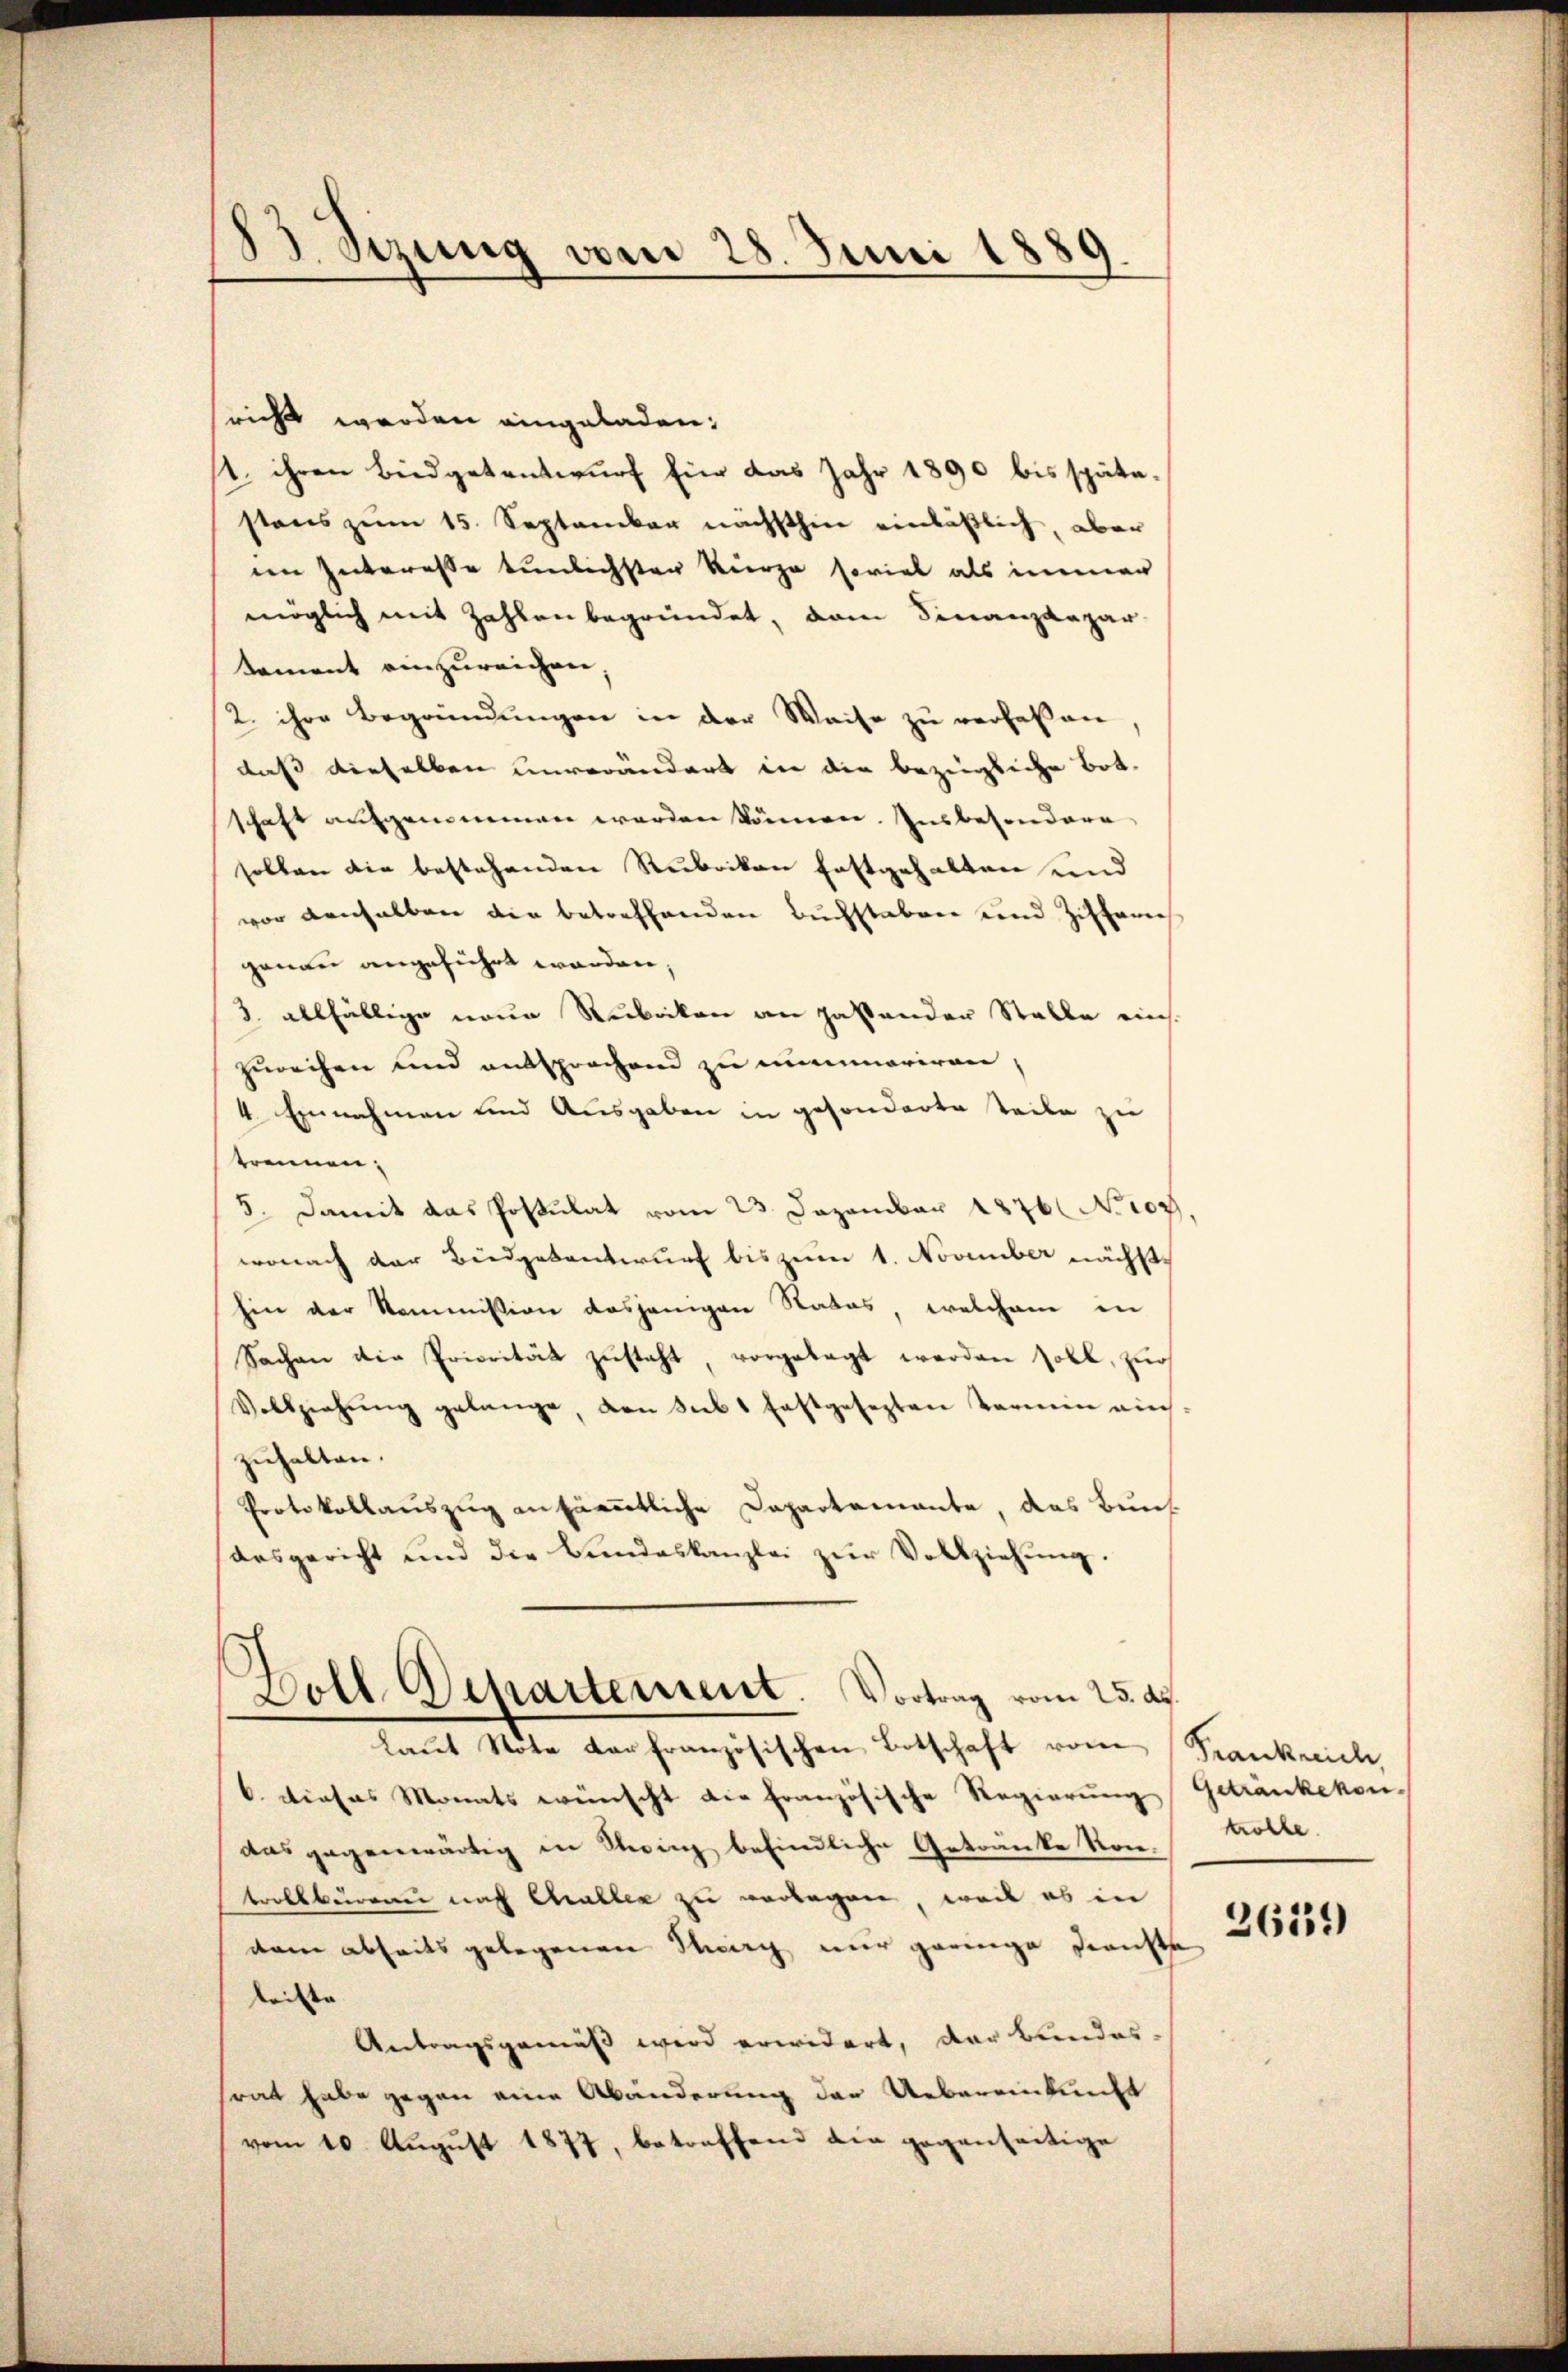
B. Sizung vom 28. Juni 1889

richt werden eingeladen.
1. ihren Büdgetentwurf für das Jahr 1890 bis spätestens zum 15. September nächsthin einläßlich, aber
een Interesse tunlichsten Kurze soviel als immer
möglich mit Zahlen begründet, dem Finanzkapar-
tement einzureichen,
2. ihre Begründungen in der Weise zu verfassen,
daß dieselben unverändert in die bezügliche Botschaft aufgenommen werden können. Insbesondere
sollen die bestehenden Rubrikon festgehalten und
vor denselben die betreffenden Buchstaben und Zifferis
genau angeführt worden,
3. allfällige neue Stubikon an hastander Stalle einszureihen und entsprochend zu mummariren,
4. Einnahmen und Ausgaben in gesonderte Teile zu
trennen;
5. Damit das Postulat vom 23. Dezember 1876 No 107,
wonach der Budgebentwurf bis zum 1. November nächste
hin der Kommission dasjenigen Rates, welchem in
Sachen die Priorität zŭsteht, vorgelegt werden soll, zur
Vollziehŭng gelange, den sub 1 festgesezten Termin auch
zuhalten.
Protokollauszug an sämmtliche Dapartamante, das Bun
ansgericht und die Bundeskanzlei zŭr Vollziehŭng.
Doll Departement. Vortrag vom 25. d.
laŭt Note der französischen Botschaft von Frankreich,
6. dieses Monats wünscht die französische Regierung Getränkekon-
das gegenwärtig in Stein befindliche Getränke Kontrollbüreau nach Challer zu verlegen, weil es in
dem abseits gelegenen Weg nur geringe Dienste
leiste |
Antragsgemäß wird erwidert, der Bundes-
srat habe gegen eine Abänderung der Uebereinkunft
vom 10. Aŭgŭst 1877, betreffend die gegenseitige

trolle.

2619